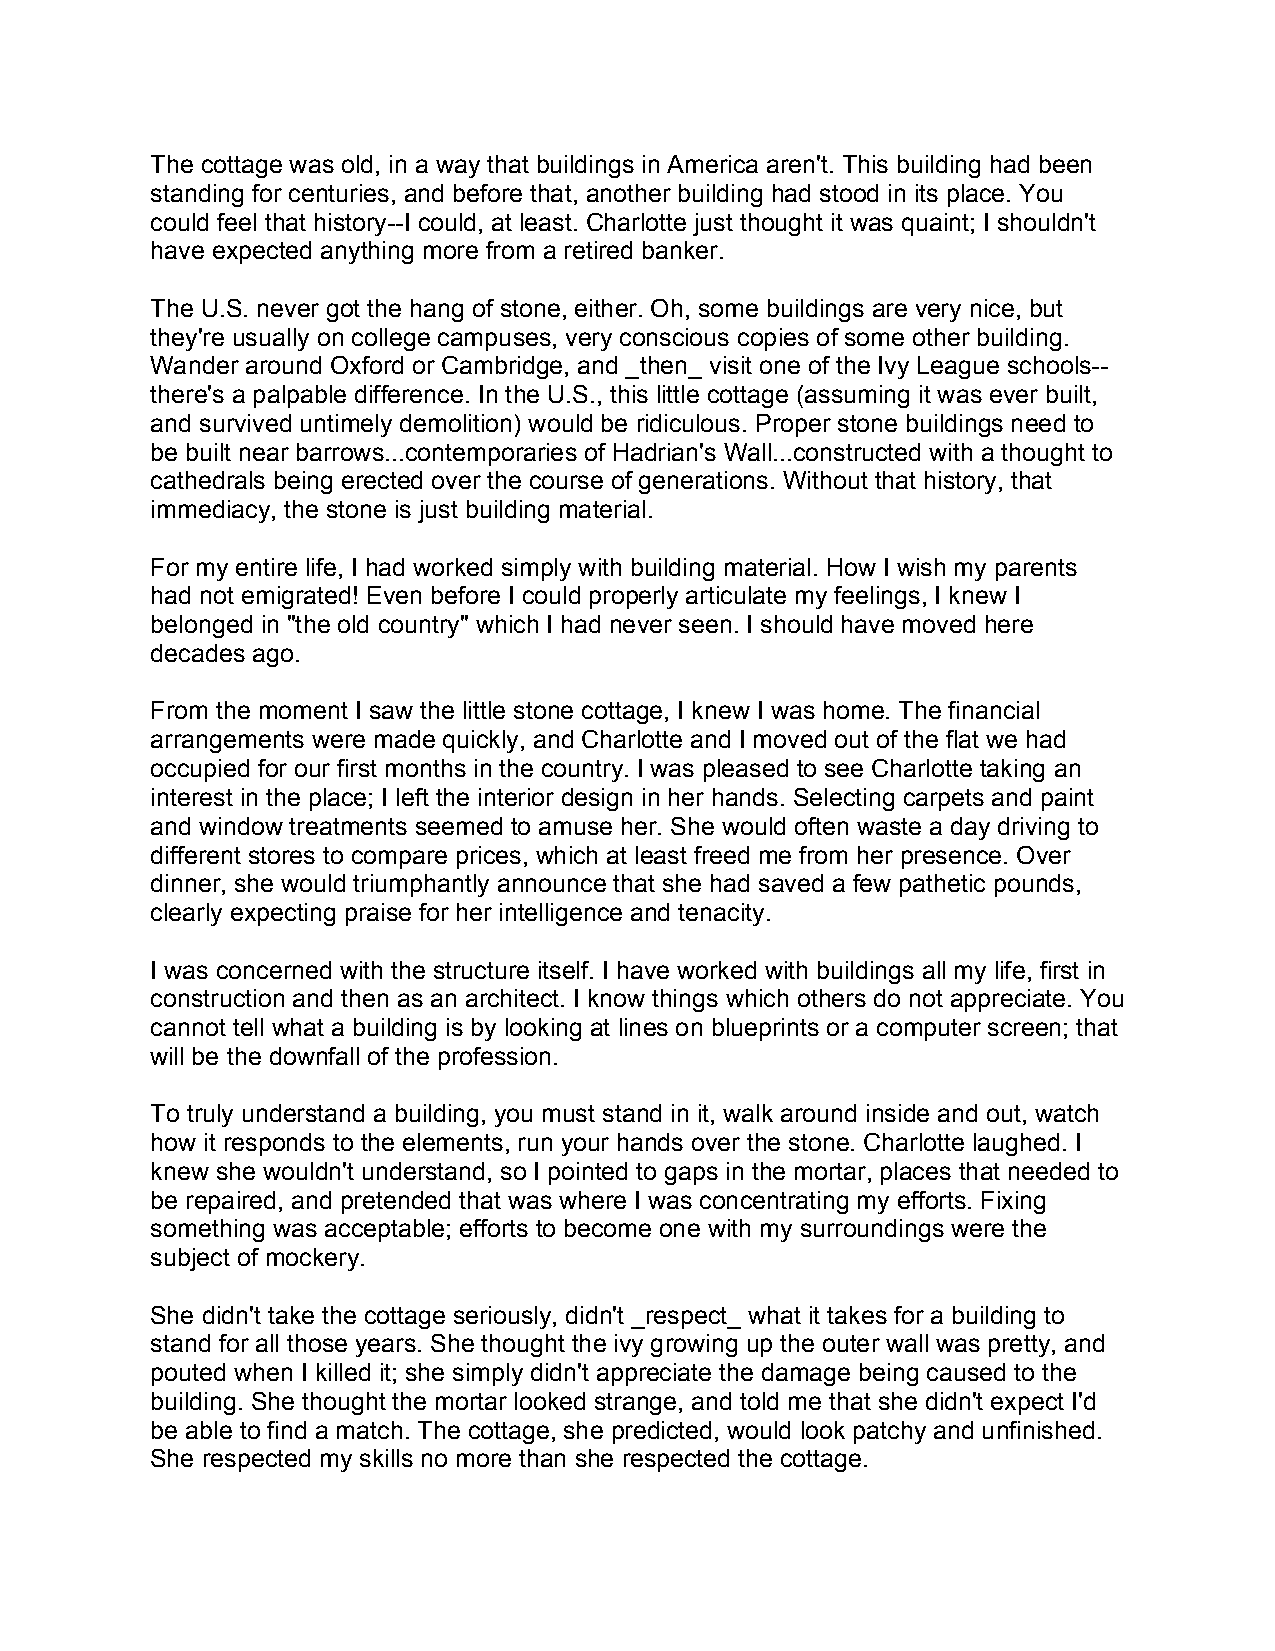
The cottage was old, in a way that buildings in America aren't. This building had been
 standing for centuries, and before that, another building had stood in its place. You
 could feel that history--I could, at least. Charlotte just thought it was quaint; I shouldn't
 have expected anything more from a retired banker.
 The U.S. never got the hang of stone, either. Oh, some buildings are very nice, but
 they're usually on college campuses, very conscious copies of some other building.
 Wander around Oxford or Cambridge, and _then_ visit one of the Ivy League schools--
 there's a palpable difference. In the U.S., this little cottage (assuming it was ever built,
 and survived untimely demolition) would be ridiculous. Proper stone buildings need to
 be built near barrows...contemporaries of Hadrian's Wall...constructed with a thought to
 cathedrals being erected over the course of generations. Without that history, that
 immediacy, the stone is just building material.
 For my entire life, I had worked simply with building material. How I wish my parents
 had not emigrated! Even before I could properly articulate my feelings, I knew I
 belonged in "the old country" which I had never seen. I should have moved here
 decades ago.
 From the moment I saw the little stone cottage, I knew I was home. The financial
 arrangements were made quickly, and Charlotte and I moved out of the flat we had
 occupied for our first months in the country. I was pleased to see Charlotte taking an
 interest in the place; I left the interior design in her hands. Selecting carpets and paint
 and window treatments seemed to amuse her. She would often waste a day driving to
 different stores to compare prices, which at least freed me from her presence. Over
 dinner, she would triumphantly announce that she had saved a few pathetic pounds,
 clearly expecting praise for her intelligence and tenacity.
 I was concerned with the structure itself. I have worked with buildings all my life, first in
 construction and then as an architect. I know things which others do not appreciate. You
 cannot tell what a building is by looking at lines on blueprints or a computer screen; that
 will be the downfall of the profession.
 To truly understand a building, you must stand in it, walk around inside and out, watch
 how it responds to the elements, run your hands over the stone. Charlotte laughed. I
 knew she wouldn't understand, so I pointed to gaps in the mortar, places that needed to
 be repaired, and pretended that was where I was concentrating my efforts. Fixing
 something was acceptable; efforts to become one with my surroundings were the
 subject of mockery.
 She didn't take the cottage seriously, didn't _respect_ what it takes for a building to
 stand for all those years. She thought the ivy growing up the outer wall was pretty, and
 pouted when I killed it; she simply didn't appreciate the damage being caused to the
 building. She thought the mortar looked strange, and told me that she didn't expect I'd
 be able to find a match. The cottage, she predicted, would look patchy and unfinished.
 She respected my skills no more than she respected the cottage.